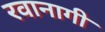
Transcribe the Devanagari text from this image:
रवानागी